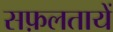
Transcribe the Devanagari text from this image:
सफ़लतायें